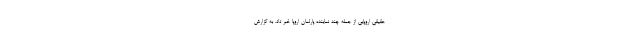
حقیقی اروپایی از جمله چند نماینده پارلمان اروپا خبر داد. به گزارش